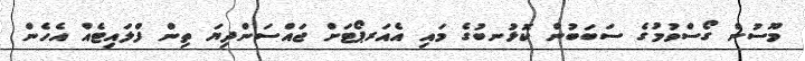
މޫސުން ގޯސްވުމުގެ ސަބަބުން ކޮޅުނބުގެ މައި އެއަރޕޯޓަށް ޖައްސަންދިޔަ ތިން ފްލައިޓެއް އެހެން